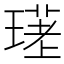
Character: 𤨛